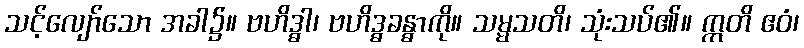
သင့်လျော်သော အခါ၌။ ဗဟိဒ္ဓါ၊ ဗဟိဒ္ဓခန္ဓာကို။ သမ္မသတိ၊ သုံးသပ်၏။ ဣတိ ဧဝံ၊